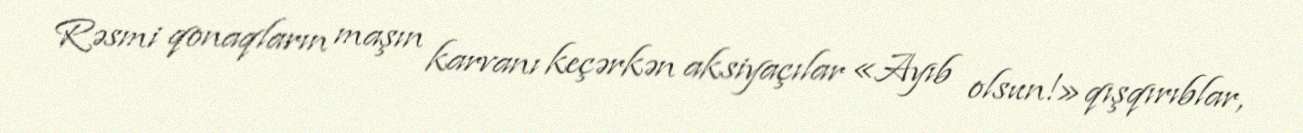
Rəsmi qonaqların maşın karvanı keçərkən aksiyaçılar «Ayıb olsun!» qışqırıblar,